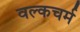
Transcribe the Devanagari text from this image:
वल्कचर्म